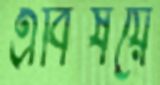
এবিষয়ে